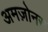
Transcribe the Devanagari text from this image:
अमज़ोनस